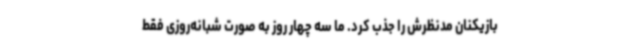
بازیکنان مدنظرش را جذب کرد. ما سه چهار روز به صورت شبانه‌روزی فقط